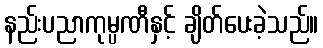
နည်းပညာကုမ္ပဏီနှင့် ချိတ်ပေးခဲ့သည်။